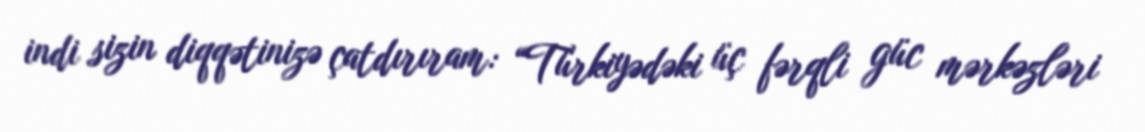
indi sizin diqqətinizə çatdırıram: “Türkiyədəki üç fərqli güc mərkəzləri